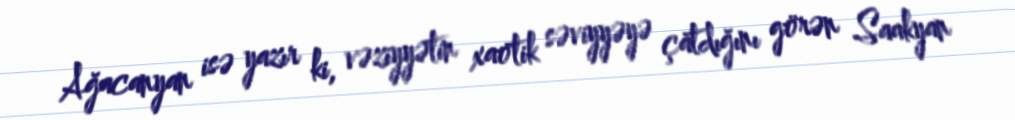
Ağacanyan isə yazır ki, vəziyyətin xaotik səviyyəyə çatdığını görən Saakyan